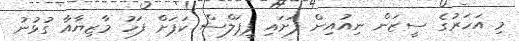
މި އަހަރުގެ ސީޒަން ނިއުއިން ފަށައި ޕީޕަލްސް ކަޕަށް ފަހު މާޒިޔާއާ ގުޅުނު